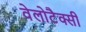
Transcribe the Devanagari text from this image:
वेलोटैक्सी